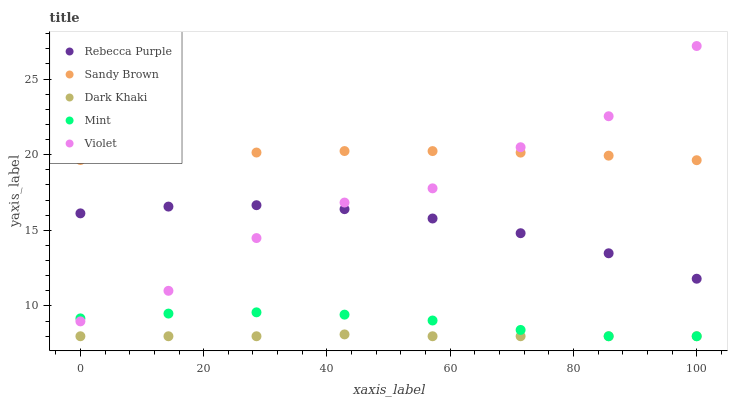
| xaxis_label | Rebecca Purple | Sandy Brown | Dark Khaki | Mint | Violet |
 | --- | --- | --- | --- | --- | --- |
 | 0 | 16.1 | 19.6 | 8 | 9.18 | 8.98 |
 | 14.3 | 16.6 | 19.9 | 8 | 9.5 | 11 |
 | 28.6 | 16.7 | 20.1 | 8 | 9.58 | 14.5 |
 | 42.9 | 16.4 | 20.2 | 8.12 | 9.43 | 16.8 |
 | 57.1 | 15.8 | 20.2 | 8 | 9.04 | 17.8 |
 | 71.4 | 14.8 | 20.1 | 8 | 8.42 | 20.5 |
 | 85.7 | 13.5 | 19.9 | 8 | 8 | 22.5 |
 | 100 | 11.8 | 19.6 | 8 | 8 | 27.2 |